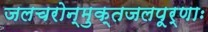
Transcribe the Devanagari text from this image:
जलचरोन्मुक्तजलपूर्णाः